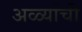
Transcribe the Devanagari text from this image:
अळ्यांची